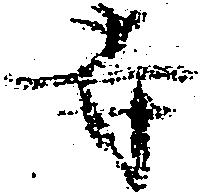
寺